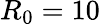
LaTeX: R_{0}=10